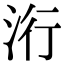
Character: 洐